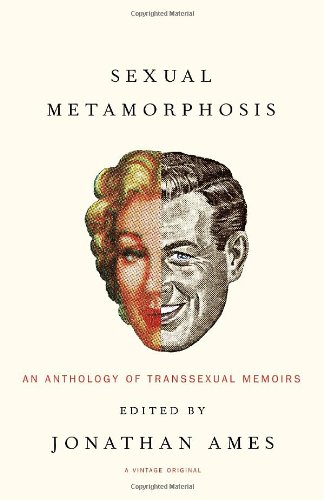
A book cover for Sexual Metamorphosis: An Anthology of Transsexual Memoirs; Gay & Lesbian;